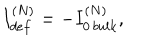
{ I _ { d e f } ^ { ( N ) } = - I _ { 0 \, b u l k } ^ { ( N ) } , }